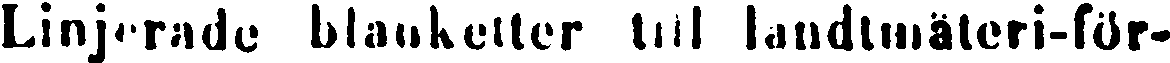
Linjerade blanketter till landtmäteri-för-